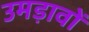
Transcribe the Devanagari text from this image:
उमड़ावों